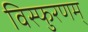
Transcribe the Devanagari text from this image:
विस्फुरणम्